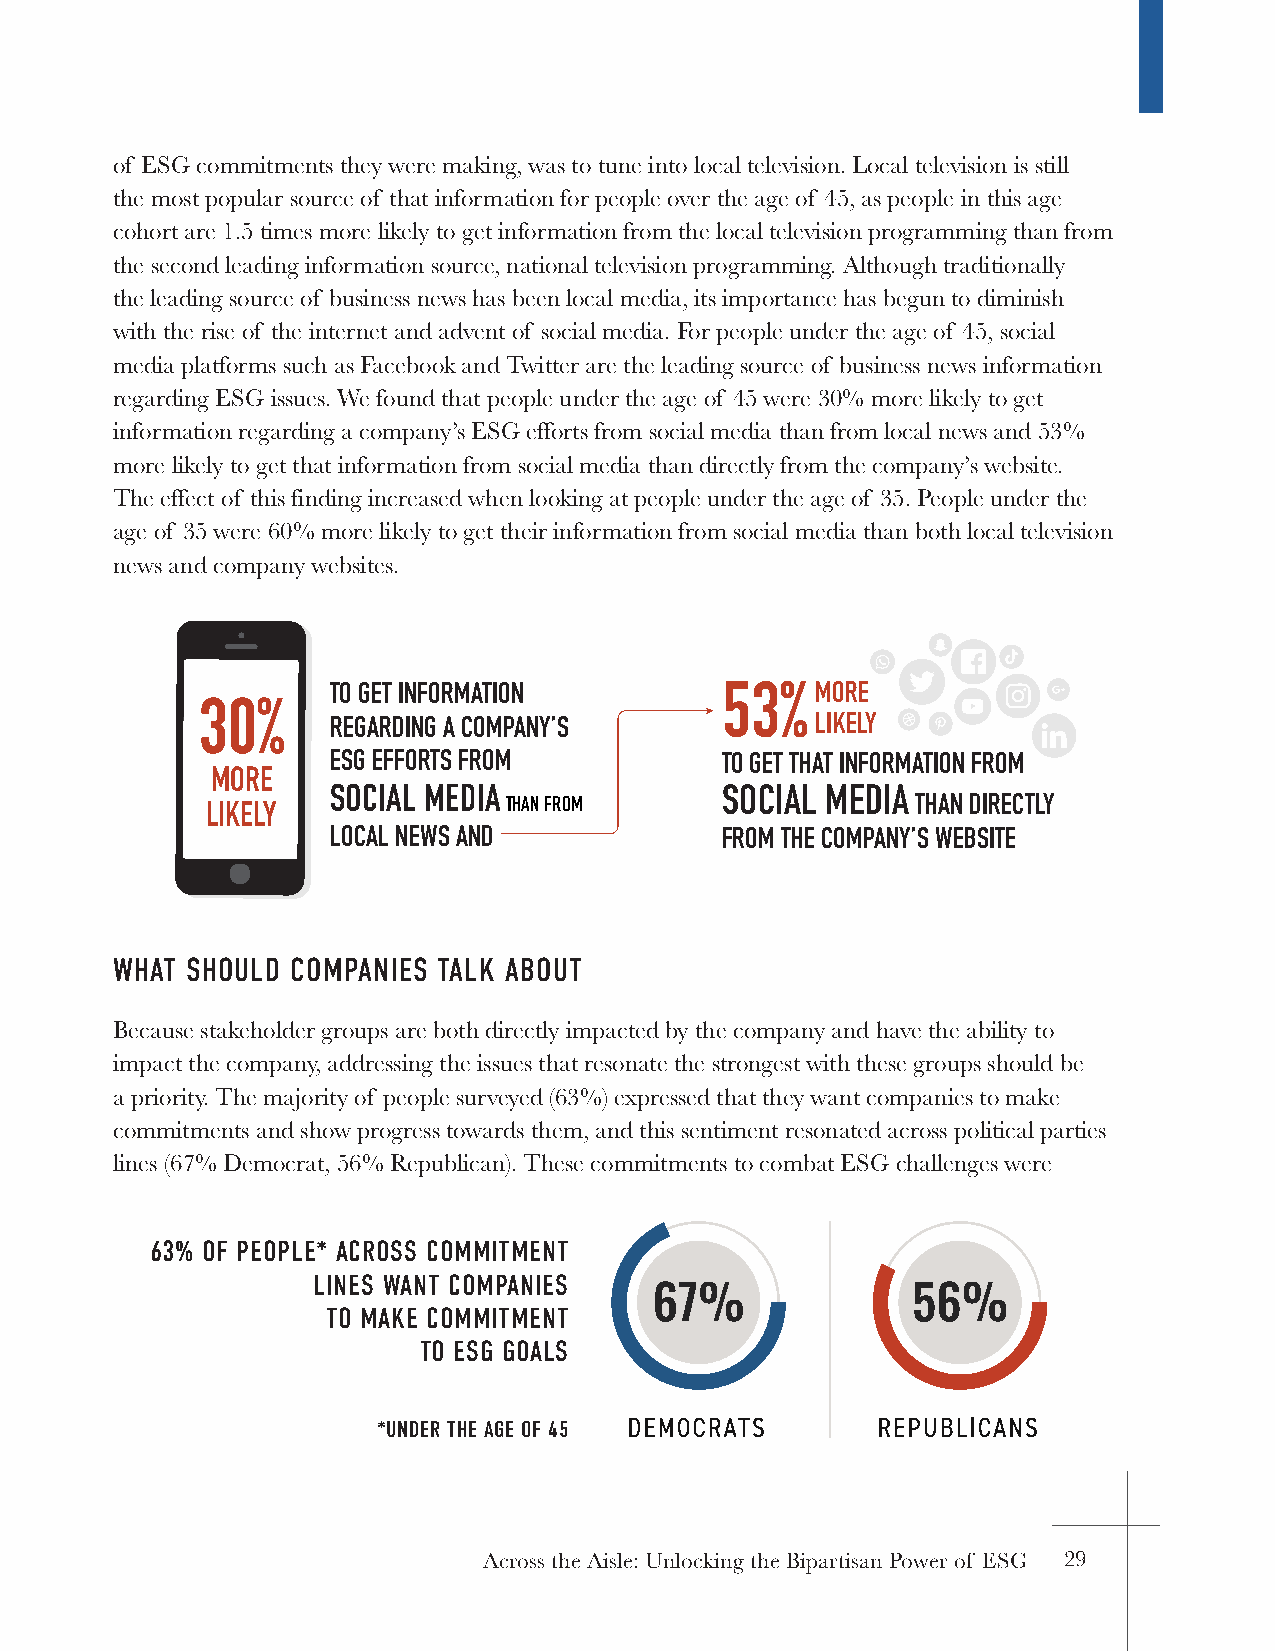
of ESG commitments they were making, was to tune into local television. Local television is still
 the most popular source of that information for people over the age of 45, as people in this age
 cohort are 1.5 times more likely to get information from the local television programming than from
 the second leading information source, national television programming. Although traditionally
 the leading source of business news has been local media, its importance has begun to diminish
 with the rise of the internet and advent of social media. For people under the age of 45, social
 media platforms such as Facebook and Twitter are the leading source of business news information
 regarding ESG issues. We found that people under the age of 45 were 30% more likely to get
 information regarding a company’s ESG efforts from social media than from local news and 53%
 more likely to get that information from social media than directly from the company’s website.
 The effect of this finding increased when looking at people under the age of 35. People under the
 age of 35 were 60% more likely to get their information from social media than both local television
 news and company websites.
 TO GET INFORMATION        53%   MORE
 30%
 REGARDING A COMPANY’S           LIKELY
 ESG EFFORTS FROM          TO GET THAT INFORMATION FROM
 MORE
 SOCIAL MEDIA              SOCIAL MEDIA
 LIKELY             THAN FROM                   THAN DIRECTLY
 LOCAL NEWS AND            FROM THE COMPANY’S WEBSITE
 WHAT SHOULD COMPANIES TALK ABOUT
 Because stakeholder groups are both directly impacted by the company and have the ability to
 impact the company, addressing the issues that resonate the strongest with these groups should be
 a priority. The majority of people surveyed (63%) expressed that they want companies to make
 commitments and show progress towards them, and this sentiment resonated across political parties
 lines (67% Democrat, 56% Republican). These commitments to combat ESG challenges were
 63% OF PEOPLE* ACROSS COMMITMENT
 LINES WANT COMPANIES
 TO MAKE COMMITMENT
 TO ESG GOALS
 *UNDER THE AGE OF 45
 Across the Aisle: Unlocking the Bipartisan Power of ESG 29